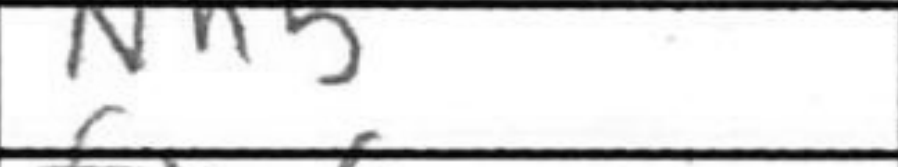
Transcription: Nh5